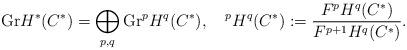
LaTeX: \begin{align*}\begin{aligned} {\rm Gr}H^{*}(C^{*})=\bigoplus_{p,q}{\rm Gr}^{p}H^{q}(C^{*}),\quad^{p}H^{q}(C^{*}):=\frac{F^{p}H^{q}(C^{*})}{F^{p+1}H^{q}(C^{*})}.\end{aligned}\end{align*}